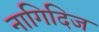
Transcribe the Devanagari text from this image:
नागिदिज